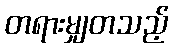
တရားမျှတသည့်